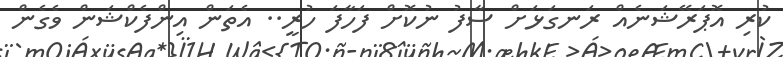
ކުރި އޮޕަރޭޝަނެއް ރަނގަޅަށް ސާފު ނުކޮށް ފަހާފަ ހުރީ.. އެތަން އިންފެކްޝަން ވެގެން